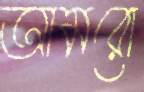
আমরো